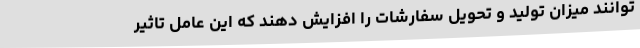
توانند میزان تولید و تحویل سفارشات را افزایش دهند که این عامل تاثیر